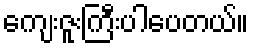
ကျေးဇူးကြီးပါပေတယ်။